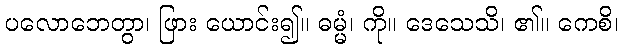
ပလောဘေတွာ၊ ဖြား ယောင်း၍။ ဓမ္မံ၊ ကို။ ဒေသေသိ၊ ၏။ ကေစိ၊